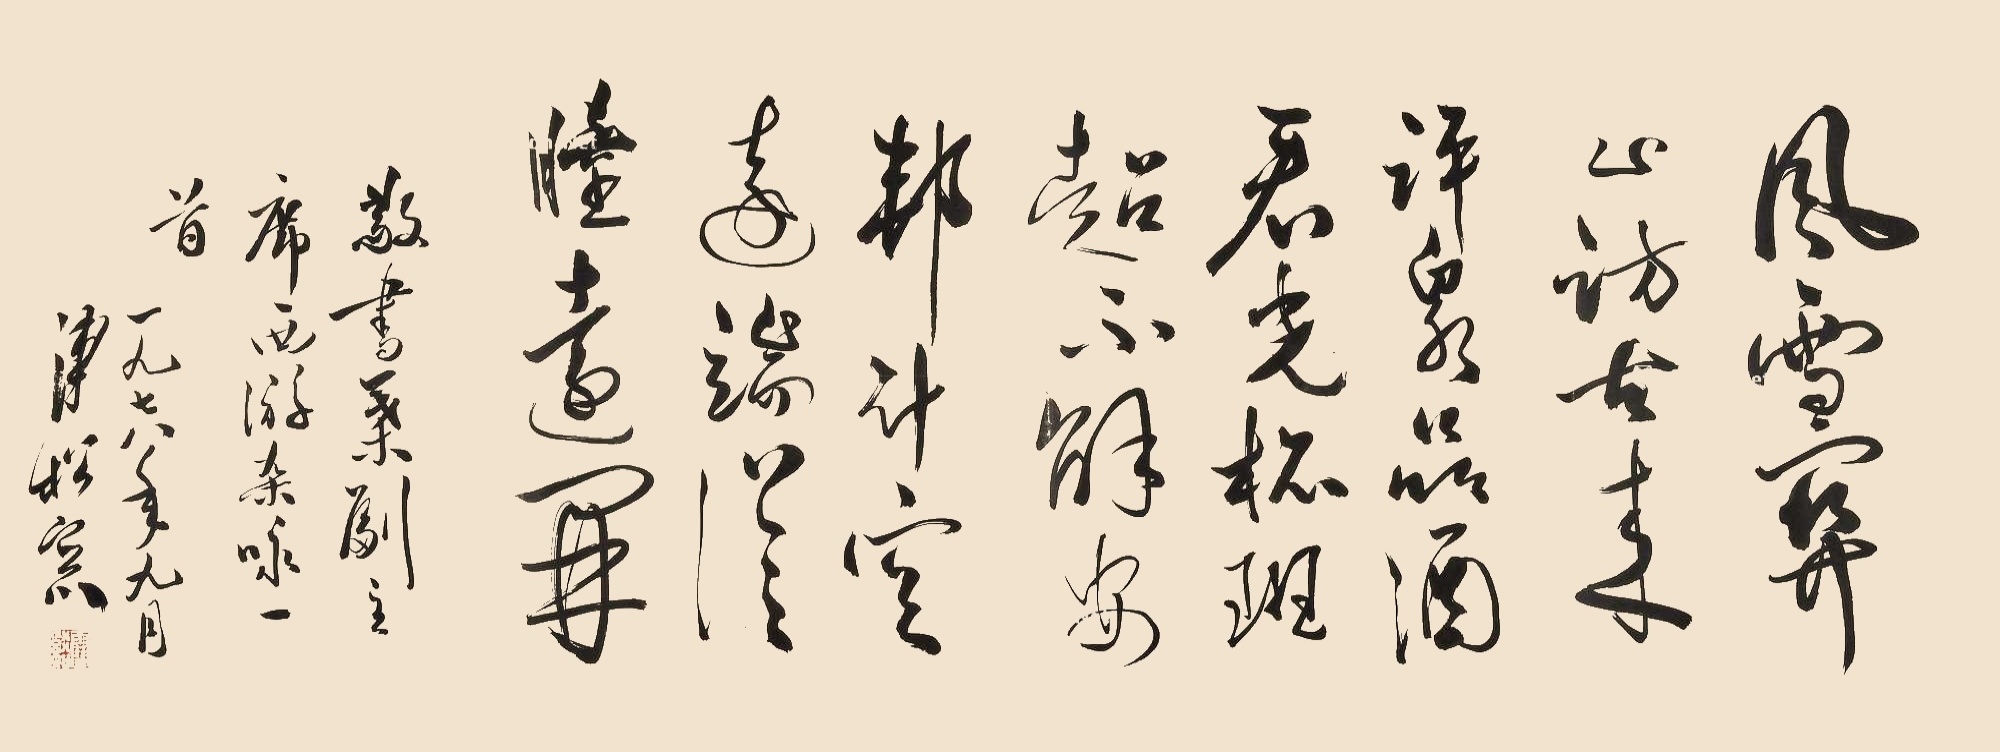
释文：风雪关山访古来，评泉品酒看光杯。班超不解安邦计，定远程从睦远开。敬书叶副主席《西游杂咏》一首。一九七八年九月，溥松窗。